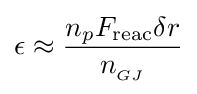
\epsilon \approx {\frac {n_{p}F_{\text{reac}}\delta r}{n_{_{GJ}}}}